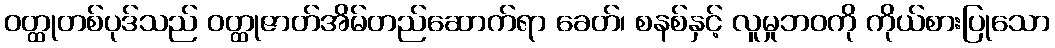
ဝတ္ထုတစ်ပုဒ်သည် ဝတ္ထုဇာတ်အိမ်တည်ဆောက်ရာ ခေတ်၊ စနစ်နှင့် လူမှုဘဝကို ကိုယ်စားပြုသော